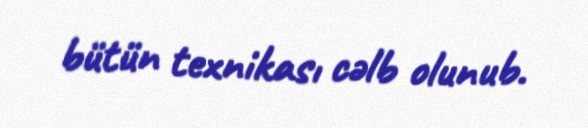
bütün texnikası cəlb olunub.